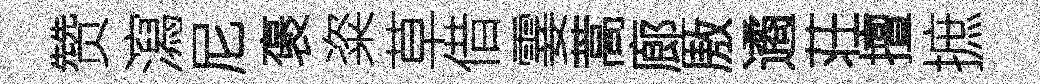
赞瀉尼褒粢草借霎蒿廊厫遹荘擅摭